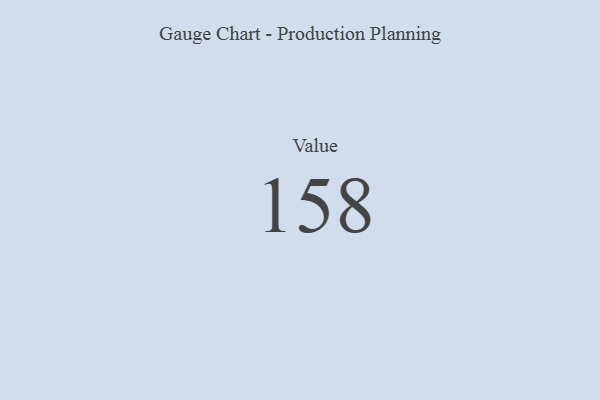
{"axis": {"x": "Metric", "y": "Value"}, "legend": [""], "data": [{"x": "Value", "y": 158, "type": ""}]}